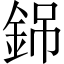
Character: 銱